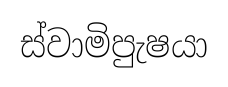
ස්වාමිපුැෂයා